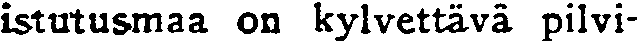
istutusmaa on kylvettävä pilvi-